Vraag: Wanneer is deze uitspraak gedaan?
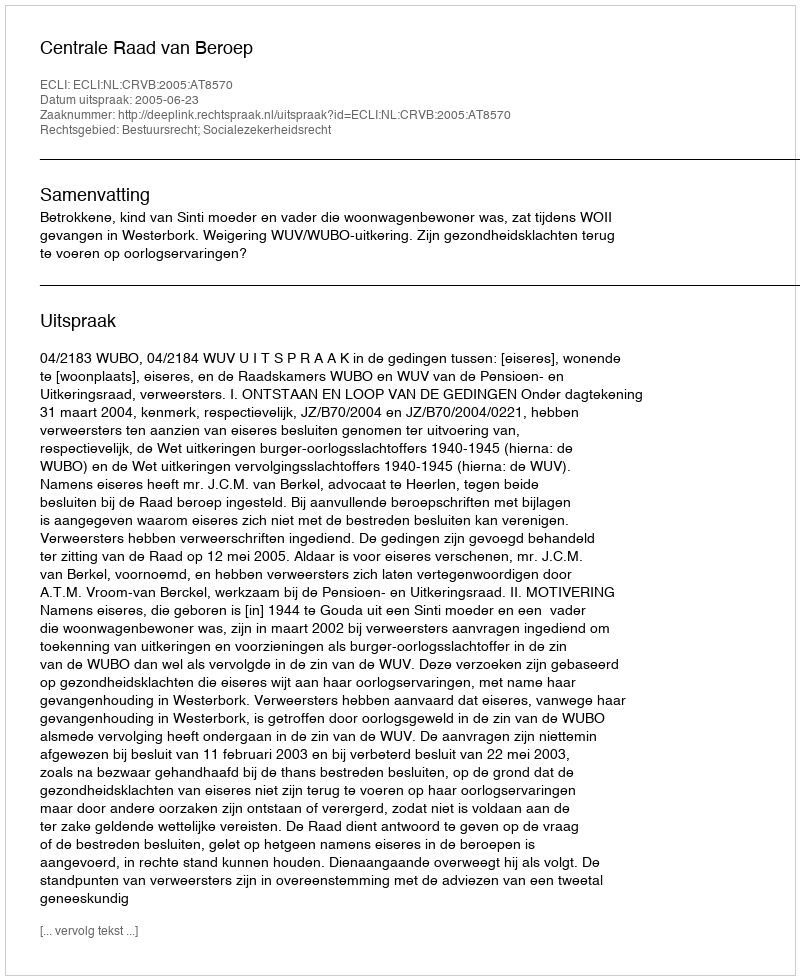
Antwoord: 2005-06-23